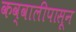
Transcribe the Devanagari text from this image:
कव्वालीपासून